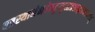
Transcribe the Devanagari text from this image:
यत्रस्थानेभवेन्मृत्युस्तत्रश्राद्धंप्रकल्पयेत्